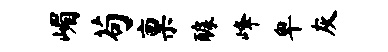
嵋苟禀醵峰卑灰